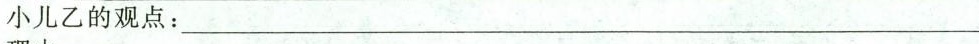
小儿乙的观点：___